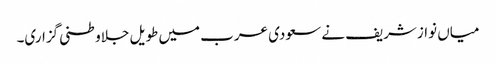
میاں نوازشریف نے سعودی عرب میں طویل جلاوطنی گزاری۔